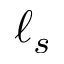
\ell _ { s }